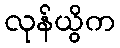
လုန်ယွိက